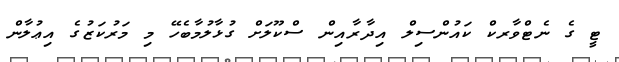
ޓީ ގެ ނެޓްވާރކް ކައުންސިލް އިދާރާއިން ސްކޫލަށް ގުޅާލުމާބެހޭ މި މަރުކަޒުގެ އިޢުލާން